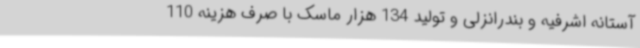
آستانه اشرفیه و بندرانزلی و تولید 134 هزار ماسک با صرف هزینه 110